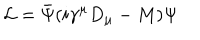
\mathcal { L } = \bar { \Psi } ( i \gamma ^ { \mu } D _ { \mu } - M ) \Psi